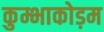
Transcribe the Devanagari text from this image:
कुम्भाकोड़म